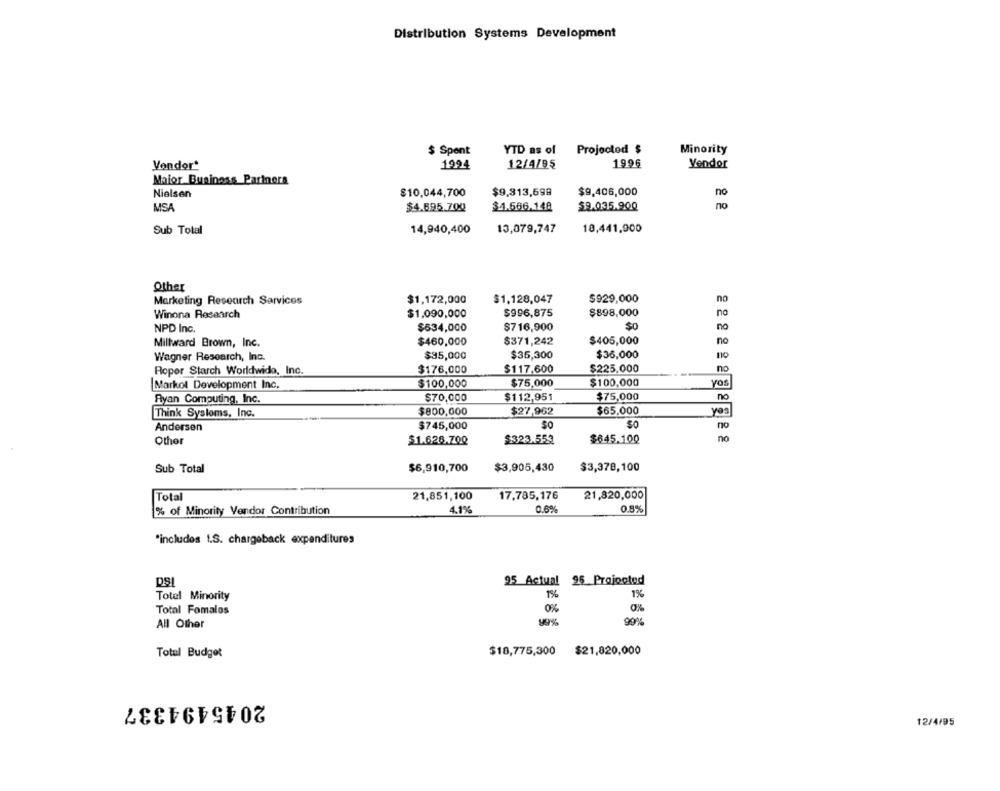
Distribution Systems Development
YTD as of
Projected $
Minority
$ Spent
Vendor*
1994
12/4/95
1996
Vendor
Maior Business Partners
Nielsen
$10.044,700
$9,313,698
$9,406,000
no
MSA
$1.666.148
$9.035.900
no
$4.695.700
Sub Total
14,940,400
13,079,747
18,441,900
Other
Marketing Research Services
$1,172,000
$1,128,047
$929,000
no
Winona Research
$1,090,000
$996,875
$898,000
no
NPD Inc.
$634,000
$716,900
$0
no
$460,000
$371,242
$405,000
Millward Brown, Inc.
no
Wagner Research, Inc.
$95,000
$35,300
$36,000
no
Ropor Starch Worldwide, Inc.
$176,000
$117,600
$225.000
no
Markol Development Inc.
$100,000
$75,000
$100,000
yos
$75,000
no
Ryan Computing, Inc.
$70,000
$112,951
$800,000
$27,962
$65,000
Yes
Think Sysloms, Inc.
Andersen
$745,000
SO
$
no
Other
$1.626.700
$323.553
$645.100
no
Sub Total
$6,910,700
$3,905,430
$3,378,100
Total
21,851,100
17,785,176
21,820,000
% of Minority Vendor Contribution
4.1%
0.6%
0.8%
"includes \.S. chargeback expenditures
DS
95 Actual 96 Projoctod
1%
1%
Total Minority
Total Fomalos
0%
0%
All Other
99%
Totul Budget
$18,775,300
$21,820,000
2045494337
12/4/95